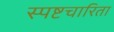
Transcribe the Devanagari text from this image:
स्पष्टचारिता